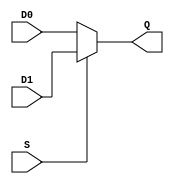
module MUX12_2_1 (input [11:0] D0, output wire [11:0] Q,
                  input [11:0] D1,
                  input S);

	assign Q = (S ? D1 : D0);

endmodule